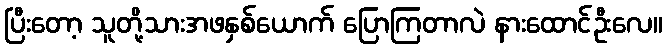
ပြီးတော့ သူတို့သားအဖနှစ်ယောက် ပြောကြတာလဲ နားထောင်ဦးလေ။